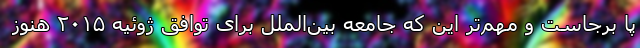
پا برجاست و مهم‌تر این که جامعه بین‌الملل برای توافق ژوئیه ۲۰۱۵ هنوز